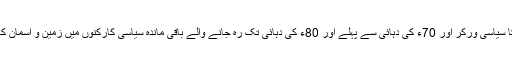
اس کا نتیجہ یہ ہے کہ آج کا سیاسی ورکر اور 70ء کی دہائی سے پہلے اور 80ء کی دہائی تک رہ جانے والے باقی ماندہ سیاسی کارکنوں میں زمین و آسمان کا فرق تلاش کیا جاسکتا ہے۔